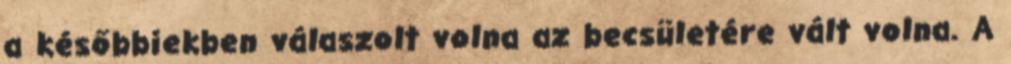
a későbbiekben válaszolt volna az becsületére vált volna. A